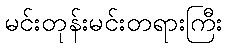
မင်းတုန်းမင်းတရားကြီး